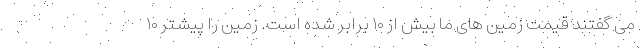
می گفتند قیمت زمین های ما بیش از ۱۰ برابر شده است. زمین را پیشتر ۱۰